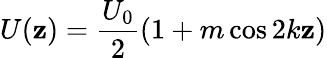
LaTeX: U(\mathbf{z})=\frac{{U_{0}}}{{2}}(1+m\cos2k\mathbf{z})